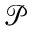
\mathcal { P }